Civil Veterinary Department Bengal reports 1933-51 - 1933-1951
Year: 1933
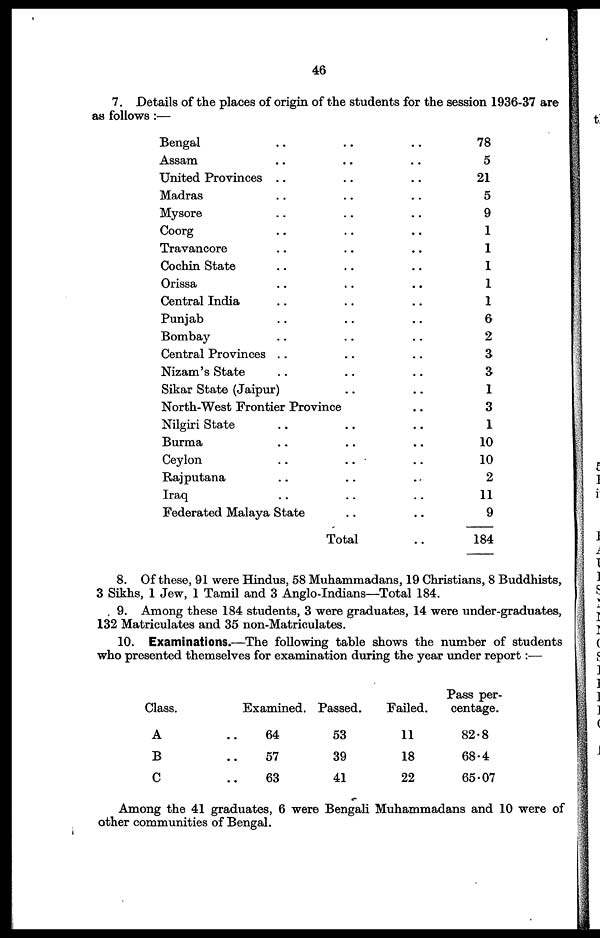
46
7. Details of the places of origin of the students for the session 1936-37 are
as follows :—
Bengal .. .. ..
Assam .. .. ..
United Provinces .. .. ..
Madras .. .. ..
Mysore .. .. ..
Coorg .. .. ..
Travancore .. .. ..
Cochin State.. .. ..
Orissa .. .. ..
Central India .. .. ..
Punjab .. .. ..
Bombay .. .. ..
Central Provinces .. .. ..
Nizam's State .. .. ..
Sikar State (Jaipur) .. .. ..
North-West Frontier Province ..
Nilgiri State .. .. ..
Burma .. .. ..
Ceylon
..
.. ..
Rajputana .. .. ..
Iraq .. .. ..
Federated Malaya State .. ..
Total ..
78
5
21
5
9
1
1
1
1
1
6
2
3
3
1
3
1
10
10
2
11
9
184
8. Of these, 91 were Hindus, 58 Muhammadans, 19 Christians, 8 Buddhists,
3 Sikhs, 1 Jew, 1 Tamil and 3 Anglo-Indians—Total 184.
9. Among these 184 students, 3 were graduates, 14 were under-graduates,
132 Matriculates and 35 non-Matriculates.
10. Examinations.—The following table shows the number of students
who presented themselves for examination during the year under report:—
Class.
A
B
C
Examined.
64
57
63
Passed.
53
39
41
Failed.
11
18
22
Pass per-
centage.
82.8
68.4
65.07
Among the 41 graduates, 6 were Bengali Muhammadans and 10 were of
other communities of Bengal.